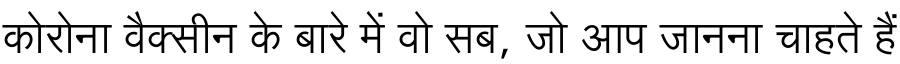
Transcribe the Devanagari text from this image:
कोरोना वैक्सीन के बारे में वो सब, जो आप जानना चाहते हैं